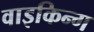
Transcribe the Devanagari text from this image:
वाइकिन्ग